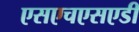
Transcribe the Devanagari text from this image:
एसएचएसएडी